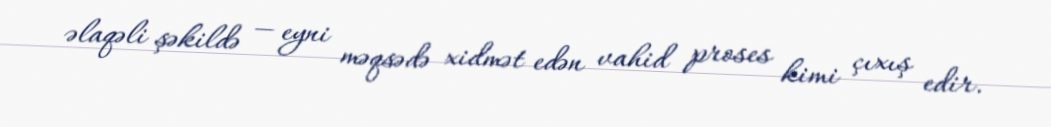
əlaqəli şəkildə — eyni məqsədə xidmət edən vahid proses kimi çıxış edir.